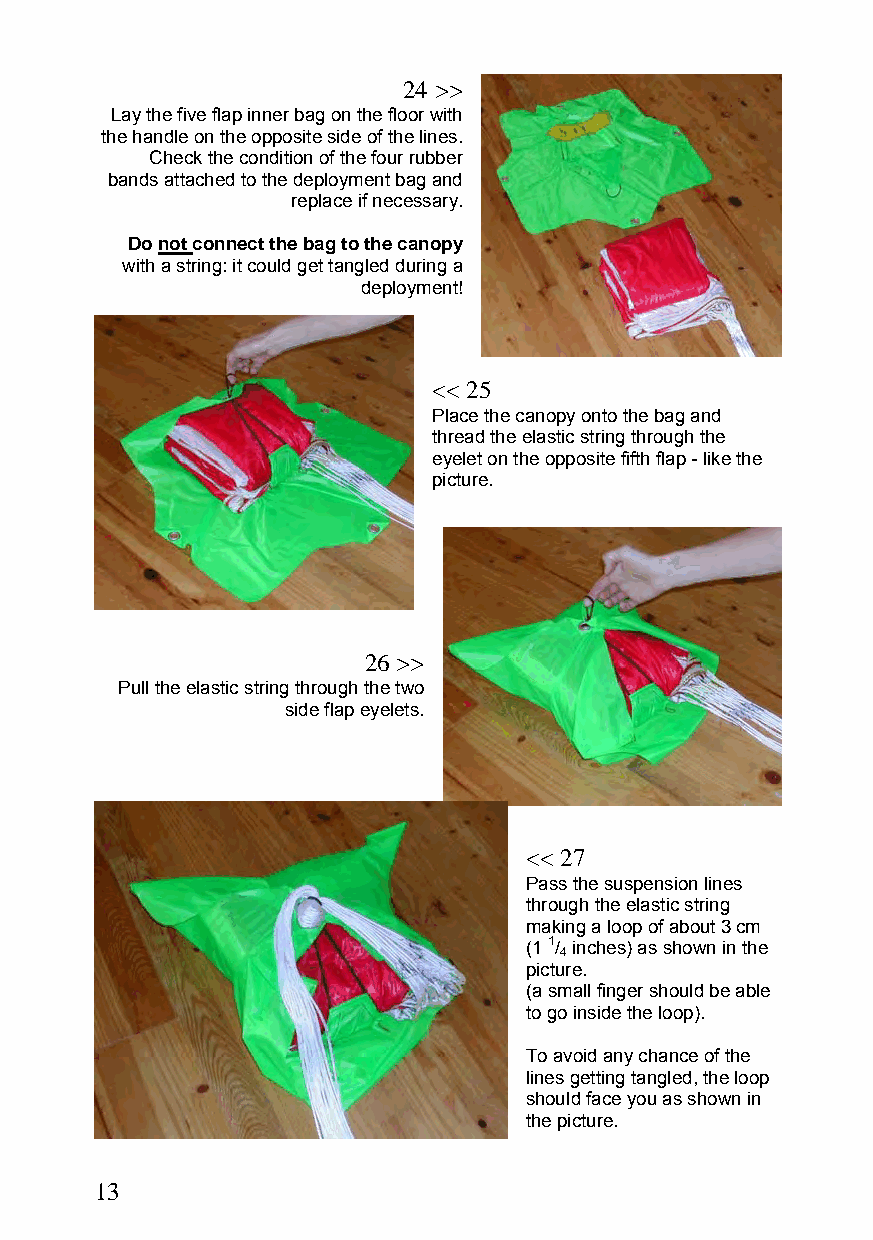
24 >>
 Lay the five flap inner bag on the floor with
 the handle on the opposite side of the lines.
 Check the condition of the four rubber
 bands attached to the deployment bag and
 replace if necessary.
 Do not connect the bag to the canopy
 with a string: it could get tangled during a
 deployment!
 << 25
 Place the canopy onto the bag and
 thread the elastic string through the
 eyelet on the opposite fifth flap - like the
 picture.
 26 >>
 Pull the elastic string through the two
 side flap eyelets.
 << 27
 Pass the suspension lines
 through the elastic string
 making a loop of about 3 cm
 (1 1/ inches) as shown in the
 4
 picture.
 (a small finger should be able
 to go inside the loop).
 To avoid any chance of the
 lines getting tangled, the loop
 should face you as shown in
 the picture.
 13